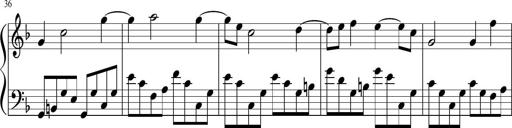
Title: Sonatina di Santa Gemma, JKB 12
Composer: Jason Baruk
Key: F major